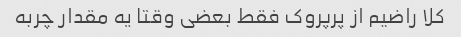
کلا راضیم از پرپروک فقط بعضی وقتا یه مقدار چربه